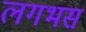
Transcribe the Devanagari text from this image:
लगभस